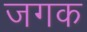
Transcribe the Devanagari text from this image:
जगक